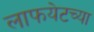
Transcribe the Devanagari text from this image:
लाफयेटच्या